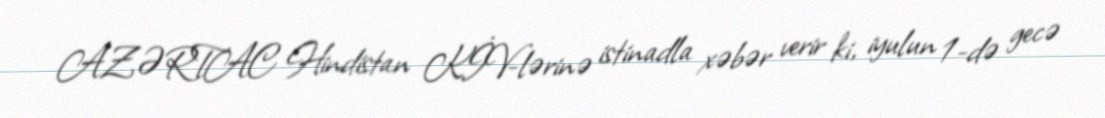
AZƏRTAC Hindistan KİV-lərinə istinadla xəbər verir ki, iyulun 1-də gecə